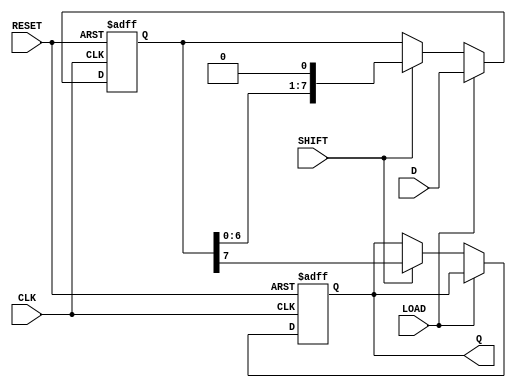
module Shift_PISO #(
    parameter WIDTH = 8  // Define the width of the register
)(
    input wire [WIDTH-1:0] D,  // Parallel data input
    input wire LOAD,            // Load control signal
    input wire SHIFT,           // Shift control signal
    input wire CLK,             // Clock signal
    input wire RESET,           // Asynchronous reset
    output reg Q               // Serial output
);

    reg [WIDTH-1:0] shift_reg;  // Shift register to hold the data

    // Asynchronous reset and loading data
    always @(posedge CLK or posedge RESET) begin
        if (RESET) begin
            shift_reg <= {WIDTH{1'b0}}; // Reset shift register to 0
            Q <= 1'b0;                 // Reset serial output to 0
        end else if (LOAD) begin
            shift_reg <= D;            // Load parallel data into shift register
        end else if (SHIFT) begin
            Q <= shift_reg[WIDTH-1];   // Output the MSB
            shift_reg <= {shift_reg[WIDTH-2:0], 1'b0}; // Shift left and fill LSB with 0
        end
    end

endmodule